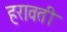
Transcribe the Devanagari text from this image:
हरावती